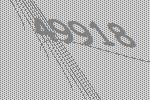
49918